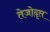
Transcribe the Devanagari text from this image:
तेजोदृप्त